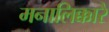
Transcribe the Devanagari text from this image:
मनालिक्कारै